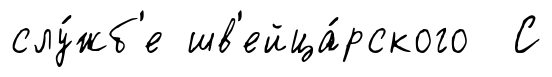
слу́жб'е шв'ейца́рского С